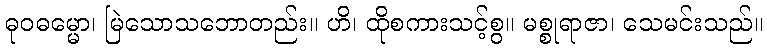
ဓုဝဓမ္မော၊ မြဲသောသဘောတည်း။ ဟိ၊ ထိုစကားသင့်စွ။ မစ္စုရာဇာ၊ သေမင်းသည်။